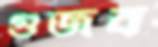
গুজব